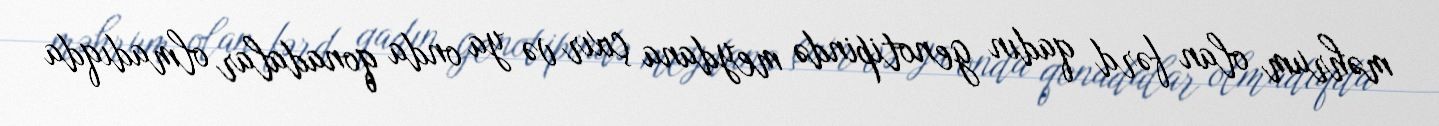
məhrum olan fərd qadın genotipində meydana çıxır və ya onda qonadalar olmadıqda